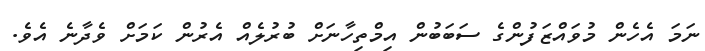
ނަމަ އެހެން މުވައްޒަފުންގެ ސަބަބުން އިމްތިހާނަށް ބުރުލެއް އެރުން ކަމަށް ވެދާނެ އެވެ.